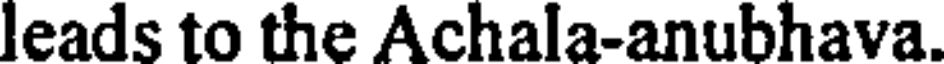
leads to the Achala-anubhava.